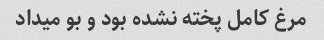
مرغ کامل پخته نشده بود و بو میداد